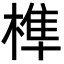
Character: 榫